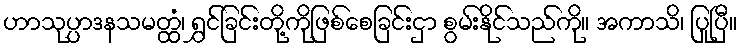
ဟာသုပ္ပာဒနသမတ္ထံ၊ ရွှင်ခြင်းတို့ကိုဖြစ်စေခြင်းငှာ စွမ်းနိုင်သည်ကို။ အကာသိ၊ ပြုပြီ။